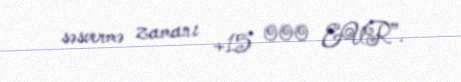
səsvermə zamanı +15 000 EUR”.